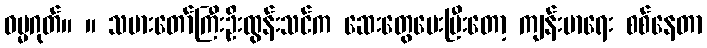
ဓမ္မဂုတ်။ ။ သမားတော်ကြီးဦးထွန်းသင်က ဆေးတွေပေးပြီးတော့ ကျန်းမာရေး စစ်နေတာ